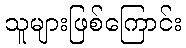
သူများဖြစ်ကြောင်း